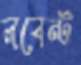
লবেন্ট